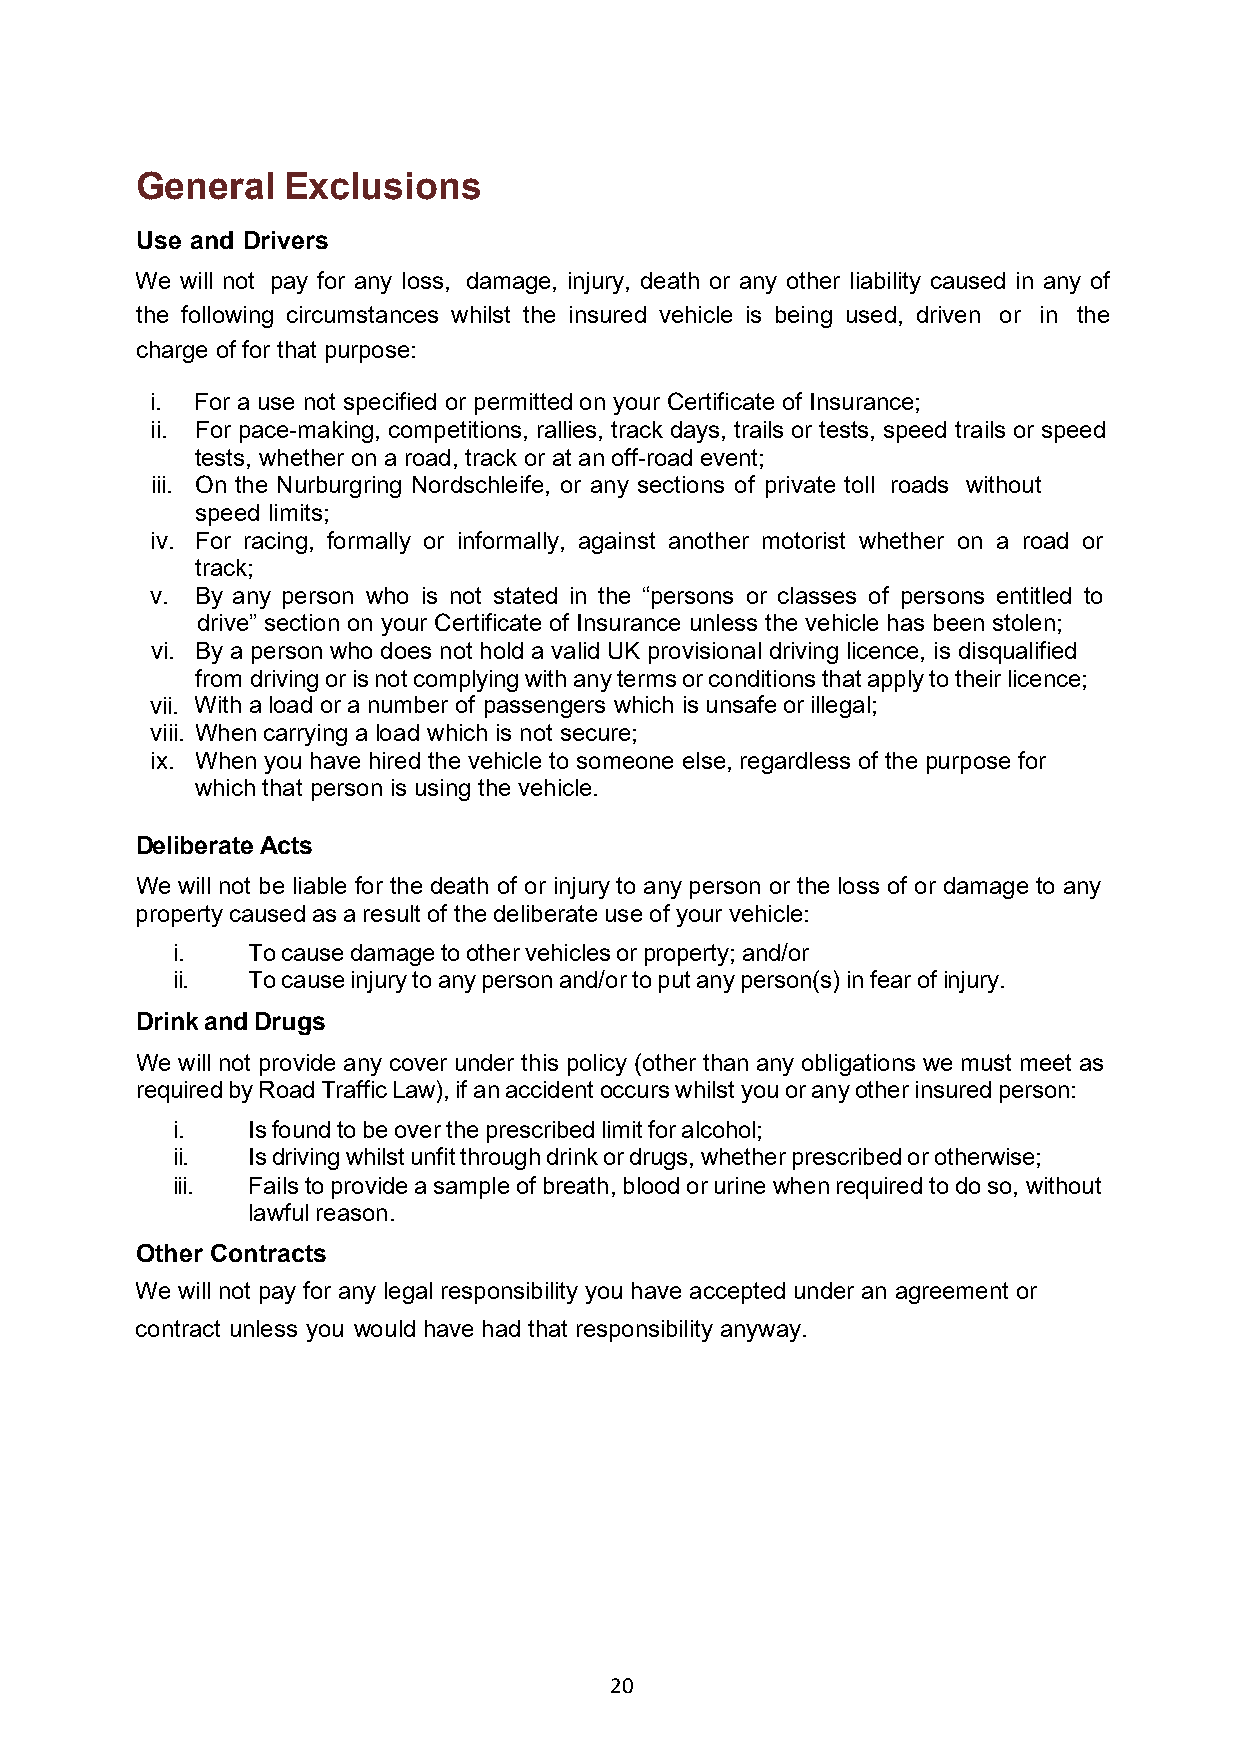
General   Exclusions
 Use and Drivers
 We will not pay for any loss, damage, injury, death or any other liability caused in any of
 the following circumstances whilst the insured vehicle is being used, driven or in the
 charge of for that purpose:
 i. For a use not specified or permitted on your Certificate of Insurance;
 ii. For pace-making, competitions, rallies, track days, trails or tests, speed trails or speed
 tests, whether on a road, track or at an off-road event;
 iii. On the Nurburgring Nordschleife, or any sections of private toll roads without
 speed limits;
 iv. For racing, formally or informally, against another motorist whether on a road or
 track;
 v. By any person who is not stated in the “persons or classes of persons entitled to
 drive” section on your Certificate of Insurance unless the vehicle has been stolen;
 vi. By a person who does not hold a valid UK provisional driving licence, is disqualified
 from driving or is not complying with any terms or conditions that apply to their licence;
 vii. With a load or a number of passengers which is unsafe or illegal;
 viii. When carrying a load which is not secure;
 ix. When you have hired the vehicle to someone else, regardless of the purpose for
 which that person is using the vehicle.
 Deliberate Acts
 We will not be liable for the death of or injury to any person or the loss of or damage to any
 property caused as a result of the deliberate use of your vehicle:
 i.   To cause damage to other vehicles or property; and/or
 ii.  To cause injury to any person and/or to put any person(s) in fear of injury.
 Drink and Drugs
 We will not provide any cover under this policy (other than any obligations we must meet as
 required by Road Traffic Law), if an accident occurs whilst you or any other insured person:
 i.   Is found to be over the prescribed limit for alcohol;
 ii.  Is driving whilst unfit through drink or drugs, whether prescribed or otherwise;
 iii. Fails to provide a sample of breath, blood or urine when required to do so, without
 lawful reason.
 Other Contracts
 We will not pay for any legal responsibility you have accepted under an agreement or
 contract unless you would have had that responsibility anyway.
 20